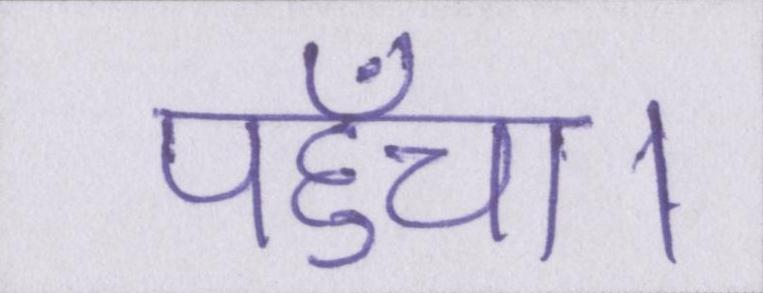
पहुँचा।